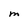
Character: M